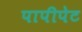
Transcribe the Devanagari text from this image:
पापीपेट